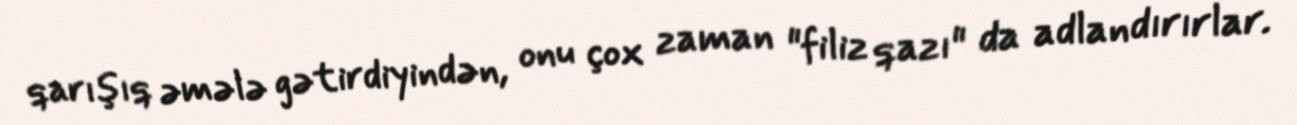
qarışıq əmələ gətirdiyindən, onu çox zaman "filiz qazı" da adlandırırlar.